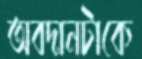
অবদানটাকে